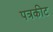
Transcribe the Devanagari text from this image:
पत्रकीट